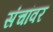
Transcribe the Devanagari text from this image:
संचांवर